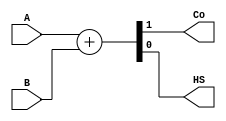
module halfAdder(A, B, Co, HS);

    input A, B;
    output Co, HS;

    assign {Co, HS} = A+B;

endmodule